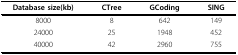
| Database size(kb) | CTree | GCoding | SING |
 | --- | --- | --- | --- |
 | 8000 | 8 | 642 | 149 |
 | 24000 | 25 | 1948 | 452 |
 | 40000 | 42 | 2960 | 755 |